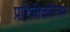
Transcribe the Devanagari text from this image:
प्रशिक्षितरित्या